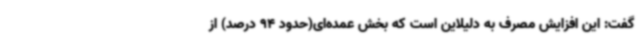
گفت: این افزایش مصرف به دلیلاین است که بخش عمده‌ای(حدود 94 درصد) از